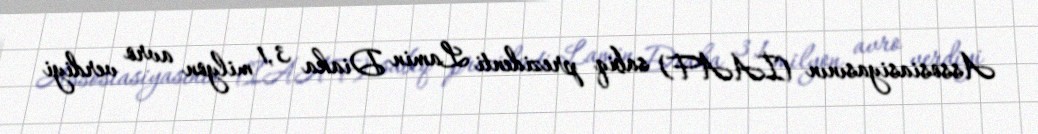
Assosiasiyasının (İAAF) sabiq prezidenti Lamin Diaka 3,1 milyon avro verdiyi